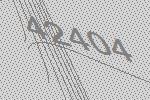
42404